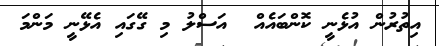
އިތުރުން އުޅެނީ ކޮންބައެއް  އަސްލު މި ގޭގައި އެޅޭނީ މަންމަ